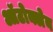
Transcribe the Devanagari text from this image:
ऑटोक्लेब